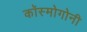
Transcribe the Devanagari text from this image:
कॉस्मोगोनी